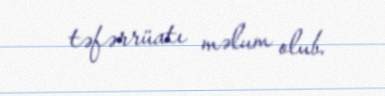
təfərrüatı məlum olub.